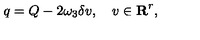
q = Q - 2 \omega _ { 3 } \delta v , \quad v \in { \bf R } ^ { r } ,